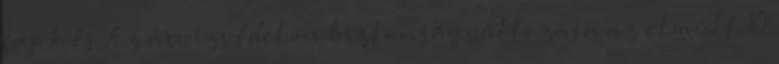
fajok és Az árvízvédelmi biztonság változása az elmúlt 10